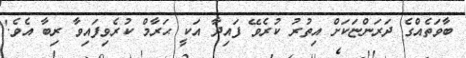
ބާވަތެއްގެ ދަރަންޏަކަށް އިތުރު ކުރެވޭ ފައިދާ އަކީ ޙަރާމް ކުރެވިފައިވާ ރިބާ އެވެ.'